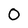
Character: 0